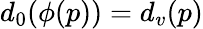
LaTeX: {d_{0}(\phi(p))=d_{v}(p)}